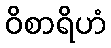
ဝိစာရိဟံ